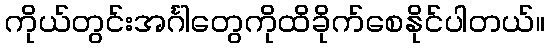
ကိုယ်တွင်းအင်္ဂါတွေကိုထိခိုက်စေနိုင်ပါတယ်။